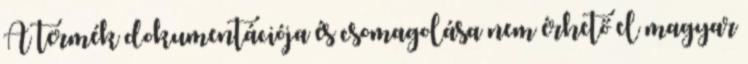
A termék dokumentációja és csomagolása nem érhető el magyar